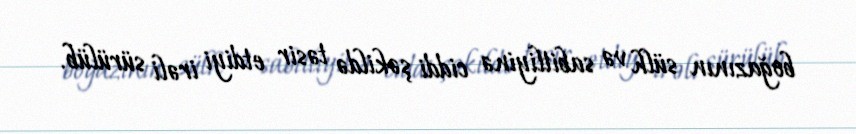
boğazının sülh və sabitliyinə ciddi şəkildə təsir etdiyi irəli sürülüb.